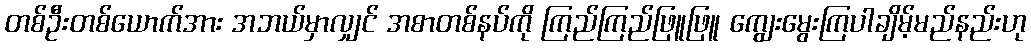
တစ်ဦးတစ်ယောက်အား အဘယ်မှာလျှင် အစာတစ်နပ်ကို ကြည်ကြည်ဖြူဖြူ ကျွေးမွေးကြပါချိမ့်မည်နည်းဟု